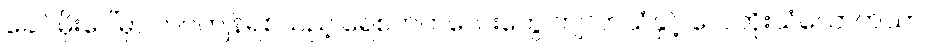
ခေါင်မိုးပေါ်မှာ တင်ကျန်ရစ်သည့် ရေစက်ကလေးတွေ ကျလာသံနှင့် လေတိုးသံလောက်သာ